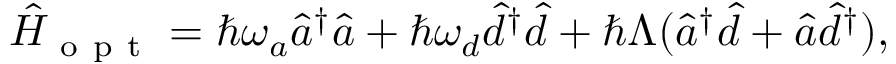
\hat { H } _ { \mathrm { ~ o ~ p ~ t ~ } } = \hbar \omega _ { a } \hat { a } ^ { \dagger } \hat { a } + \hbar \omega _ { d } \hat { d } ^ { \dagger } \hat { d } + \hbar \Lambda ( \hat { a } ^ { \dagger } \hat { d } + \hat { a } \hat { d } ^ { \dagger } ) ,